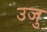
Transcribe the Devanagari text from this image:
उजु